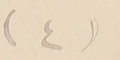
(٤)